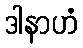
ဒါနာဟံ